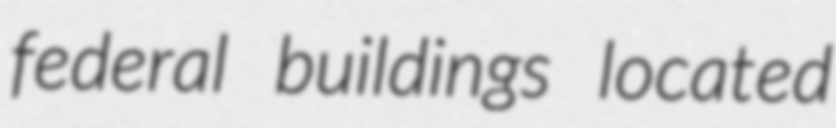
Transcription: federal buildings located